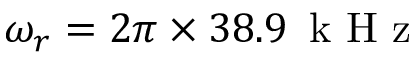
\omega _ { r } = 2 \pi \times 3 8 . 9 \, \mathrm { ~ k ~ H ~ z ~ }